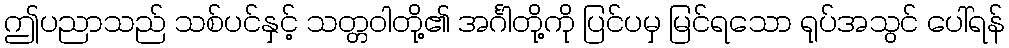
ဤပညာသည် သစ်ပင်နှင့် သတ္တဝါတို့၏ အင်္ဂါတို့ကို ပြင်ပမှ မြင်ရသော ရုပ်အသွင် ပေါ်ရန်